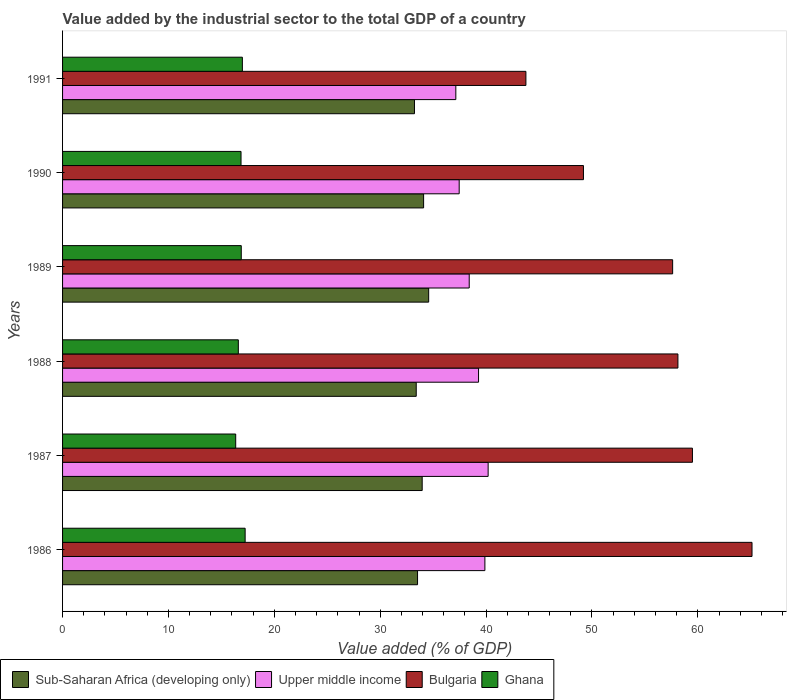
| Years | Sub-Saharan Africa (developing only) | Upper middle income | Bulgaria | Ghana |
 | --- | --- | --- | --- | --- |
 | 1986 | 33.5 | 39.9 | 65.1 | 17.2 |
 | 1987 | 34 | 40.2 | 59.5 | 16.4 |
 | 1988 | 33.4 | 39.3 | 58.1 | 16.6 |
 | 1989 | 34.6 | 38.4 | 57.6 | 16.9 |
 | 1990 | 34.1 | 37.5 | 49.2 | 16.9 |
 | 1991 | 33.2 | 37.1 | 43.8 | 17 |